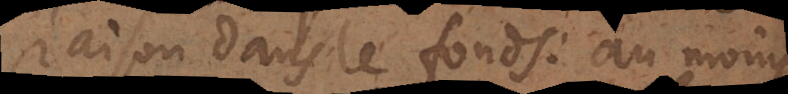
raison dans le fonds; au moins